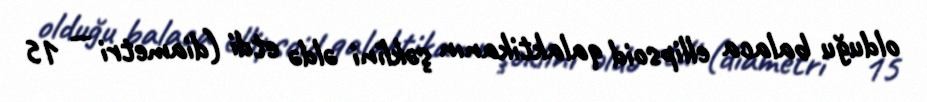
olduğu balaca ellipsoid qalaktikanın şəklini əldə etdi (diametri — 15